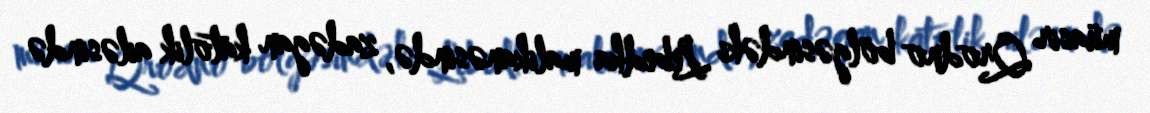
müasir Qrodno bölgəsindəki Lebedka malikanəsində, zadəgan katolik ailəsində